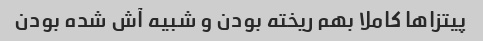
پیتزاها کاملا بهم ریخته بودن و شبیه آش شده بودن